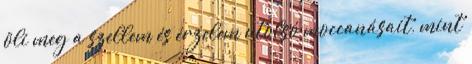
öli meg a szellem és érzelem utolsó moccanásait, mint